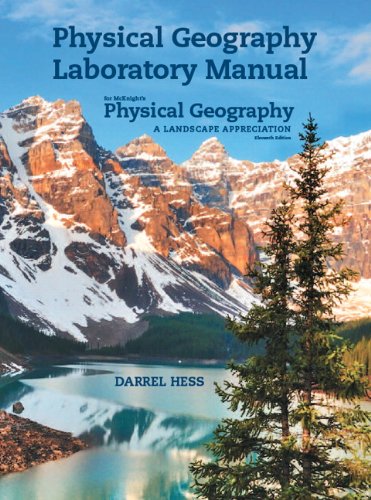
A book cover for Physical Geography Laboratory Manual for McKnight's Physical Geography: A Landscape Appreciation (11th Edition); Darrel Hess; Science & Math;